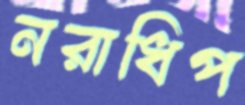
নরাধিপ